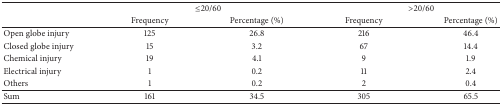
|  | <COLSPAN=2> ≤20/60 | <COLSPAN=2> >20/60 |
 |  | Frequency | Percentage (%) | Frequency | Percentage (%) |
 | --- | --- | --- | --- | --- |
 | Open globe injury | 125 | 26.8 | 216 | 46.4 |
 | Closed globe injury | 15 | 3.2 | 67 | 14.4 |
 | Chemical injury | 19 | 4.1 | 9 | 1.9 |
 | Electrical injury | 1 | 0.2 | 11 | 2.4 |
 | Others | 1 | 0.2 | 2 | 0.4 |
 | Sum | 161 | 34.5 | 305 | 65.5 |